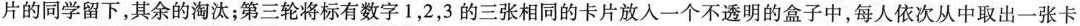
片的同学留下，其余的淘汰；第三轮将标有数字1，2，3的三张相同的卡片放入一个不透明的盒子中，每人依次从中取出一张卡